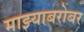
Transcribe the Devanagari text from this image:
माझ्याबरोबर